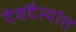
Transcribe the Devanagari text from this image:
देवदैत्यांत